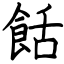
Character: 餂